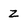
Character: z